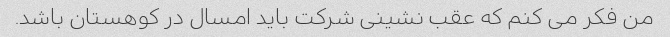
من فکر می کنم که عقب نشینی شرکت باید امسال در کوهستان باشد.